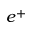
e ^ { + }